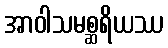
အာဝါသမစ္ဆရိယဿ